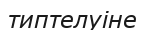
типтелуіне